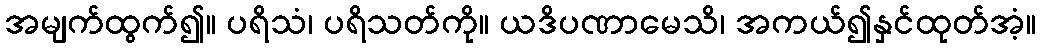
အမျက်ထွက်၍။ ပရိသံ၊ ပရိသတ်ကို။ ယဒိပဏာမေသိ၊ အကယ်၍နှင်ထုတ်အံ့။